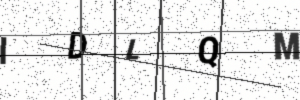
Text: IDLQM